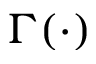
\Gamma ( \cdot )